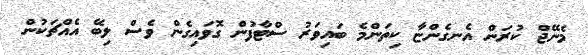
މެނޭޖް ކުރަން އެނގެންޏާ ކިތަންމެ ބައިވަރު ސްޓާފުން ގޮވައިގެން ވެސް ލިބޭ އެއްޗަކުން